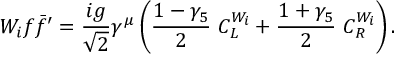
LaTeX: W _ { i } f \bar { f } ^ { \prime } = \frac { i g } { \sqrt { 2 } } \gamma ^ { \mu } \left( \frac { 1 - \gamma _ { 5 } } { 2 } \, \, C _ { L } ^ { W _ { i } } + \frac { 1 + \gamma _ { 5 } } { 2 } \, \, C _ { R } ^ { W _ { i } } \right) .